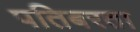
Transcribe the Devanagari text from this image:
पतिबरता